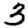
Digit: 3